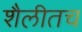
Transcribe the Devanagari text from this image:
शैलीतच